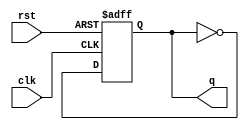
module T_FF2(q, clk, rst);

output q;
input clk, rst;

reg q; /* variable type declaration plus initial value setting */

/* asynchronous and active low reset, positive clock edge triggering*/
always@(negedge rst or posedge clk) begin
	if (~rst)
		q <= 1'b0;
	else
		q <= ~q;
end

endmodule